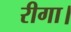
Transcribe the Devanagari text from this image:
रीगा।